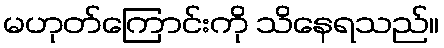
မဟုတ်ကြောင်းကို သိနေရသည်။